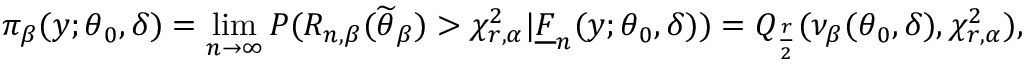
\pi _ { \beta } ( \boldsymbol { y } ; \boldsymbol { \theta } _ { 0 } , \boldsymbol { \delta } ) = \operatorname* { l i m } _ { n \rightarrow \infty } P ( R _ { n , \beta } ( \widetilde { \boldsymbol { \theta } } _ { \beta } ) > \chi _ { r , \alpha } ^ { 2 } | \underline { { F } } _ { n } ( \boldsymbol { y } ; \boldsymbol { \theta } _ { 0 } , \boldsymbol { \delta } ) ) = Q _ { \frac { r } { 2 } } ( \nu _ { \beta } ( \boldsymbol { \theta } _ { 0 } , \boldsymbol { \delta } ) , \chi _ { r , \alpha } ^ { 2 } ) ,